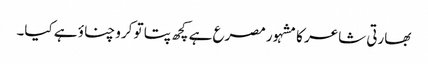
بھارتی شاعر کا مشہور مصرع ہے کچھ پتا تو کرو چناؤ ہے کیا۔